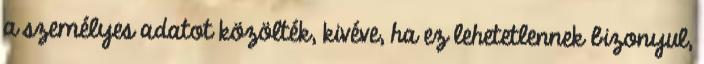
a személyes adatot közölték, kivéve, ha ez lehetetlennek bizonyul,